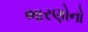
ભારણોનો